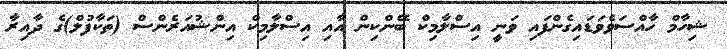
ޝިހާމް ހާއްސަވެވަޑައިގެންފައި ވަނީ އިސްލާމިކް ބޭންކިން އާއި އިސްލާމިކް އިންޝުއަރެންސް (ތަކާފުލް)ގެ ދާއިރާ